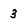
Character: 3